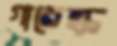
গারেস্ক